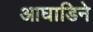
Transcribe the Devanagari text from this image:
आघाडिने